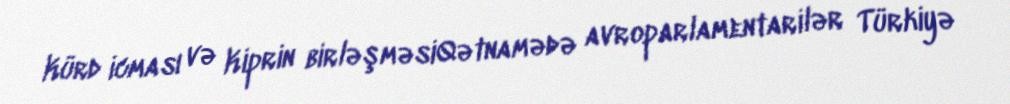
Kürd icması və Kiprin birləşməsiQətnamədə avroparlamentarilər Türkiyə